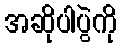
အဆိုပါပွဲကို